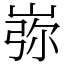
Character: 㟜